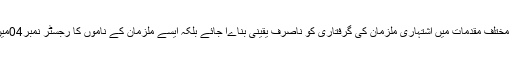
مز ےدبراںانہوں نے کہاکہ کہ مختلف مقدمات میں اشتہاری ملزمان کی گرفتاری کو ناصرف یقینی بناےا جائے بلکہ ایسے ملزمان کے ناموں کا رجسٹر نمبر04میں اندراج بھی لازمی کیا جائے۔